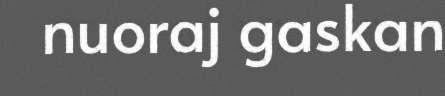
nuoraj gaskan